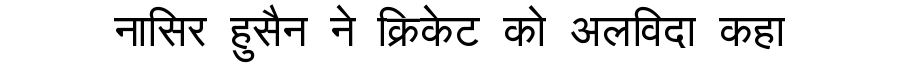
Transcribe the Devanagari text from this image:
नासिर हुसैन ने क्रिकेट को अलविदा कहा